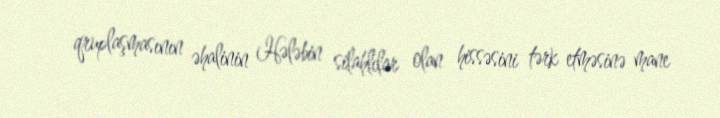
qruplaşmasının əhalinin Hələbin silahlılar olan hissəsini tərk etməsinə mane